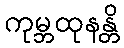
ကုမ္ဘထုနန္တိ